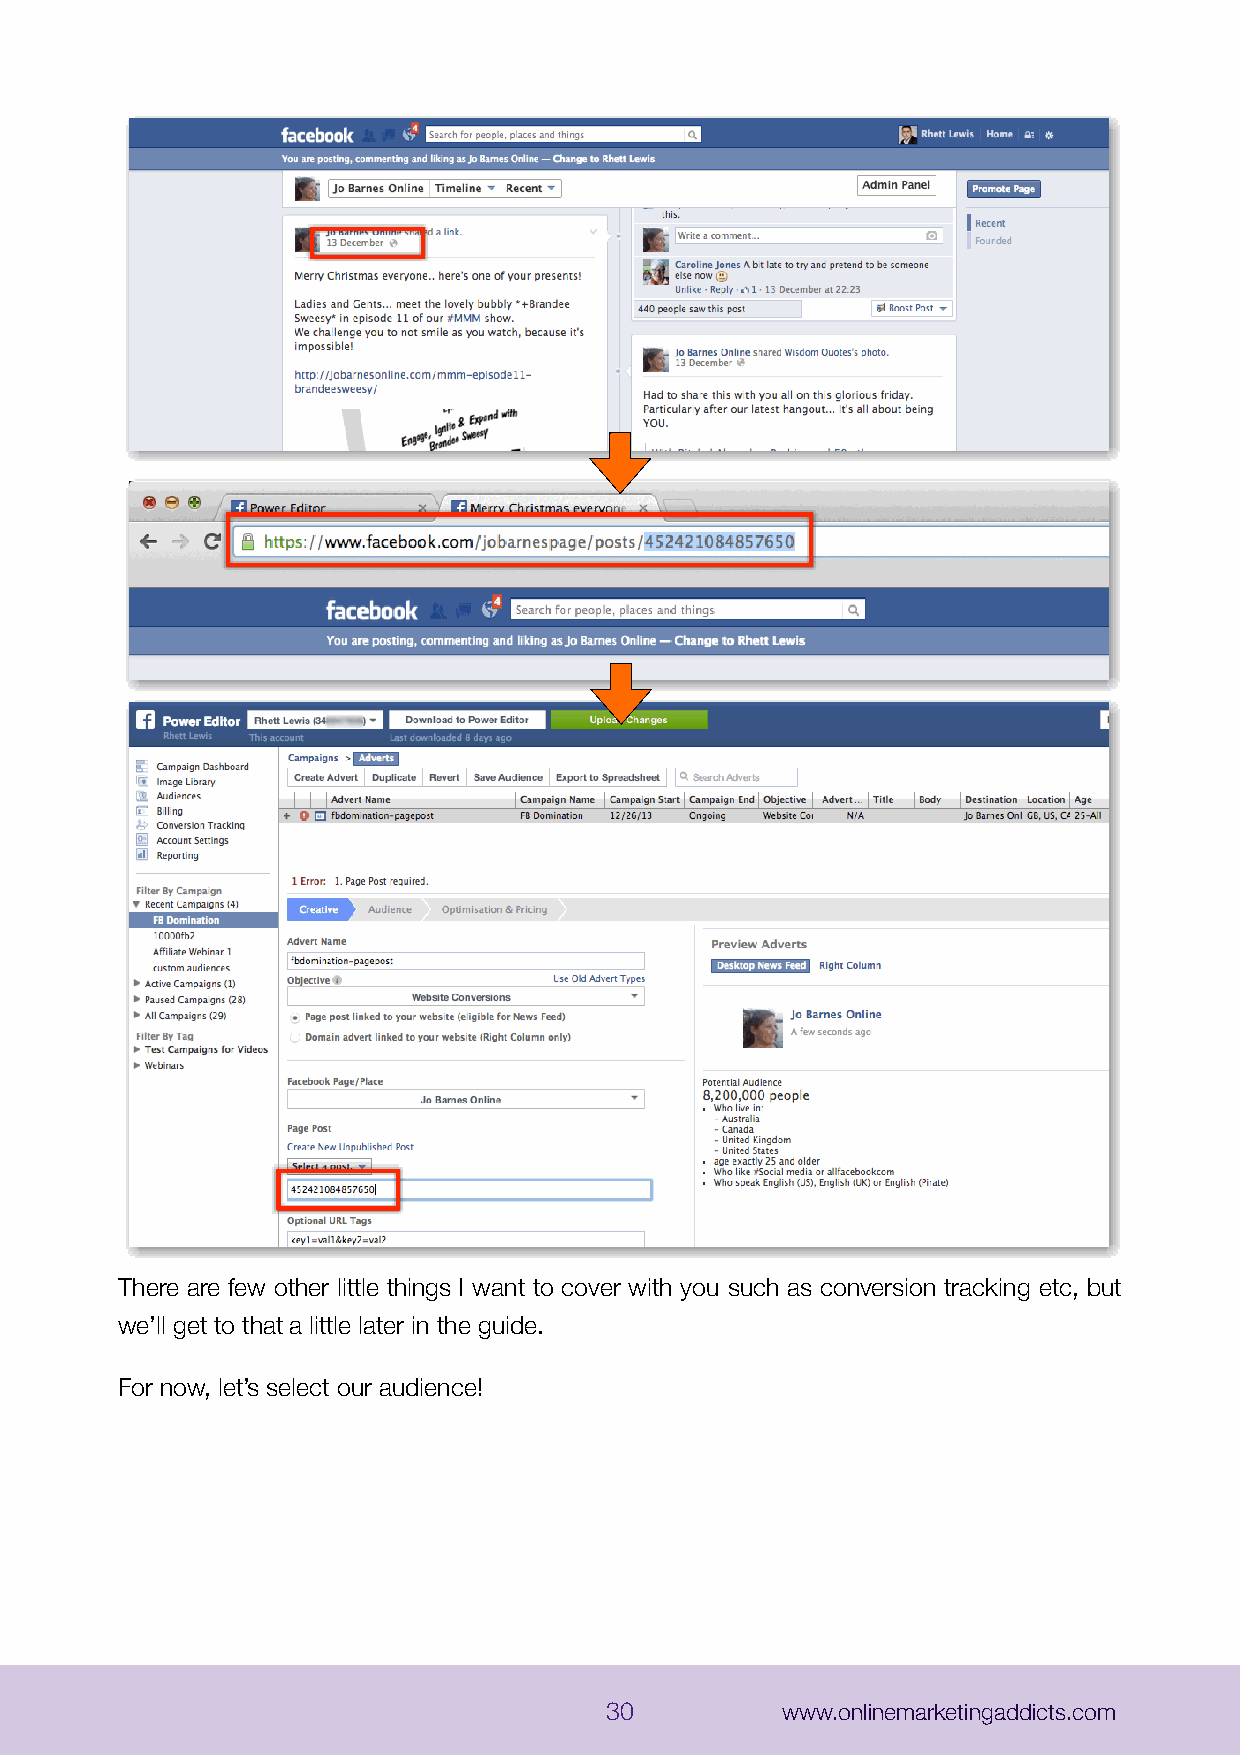
There are few other little things I want to cover with you such as conversion tracking etc, but
 we’ll get to that a little later in the guide.
 For now, let’s select our audience!
 30          www.onlinemarketingaddicts.com